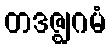
တဒဇ္ဈဂမံ